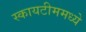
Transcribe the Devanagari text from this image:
स्कायटीममध्ये